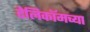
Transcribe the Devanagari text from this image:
टेलिकॉमच्या